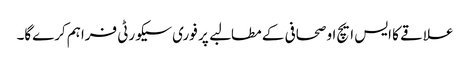
علاقے کا ایس ایچ او صحافی کے مطالبے پر فوری سیکورٹی فراہم کرےگا۔